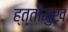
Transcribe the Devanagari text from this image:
ह्त्तीमुख